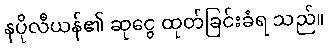
နပိုလီယန်၏ ဆုငွေ ထုတ်ခြင်းခံရ သည်။